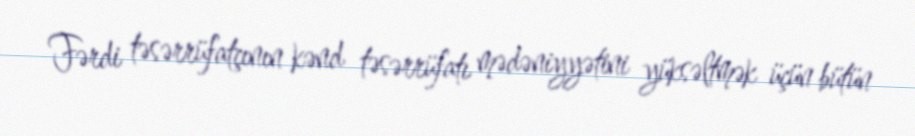
Fərdi təsərrüfatçının kənd təsərrüfatı mədəniyyətini yüksəltmək üçün bütün